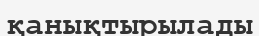
қанықтырылады